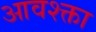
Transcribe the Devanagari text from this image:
आवश्क्ता